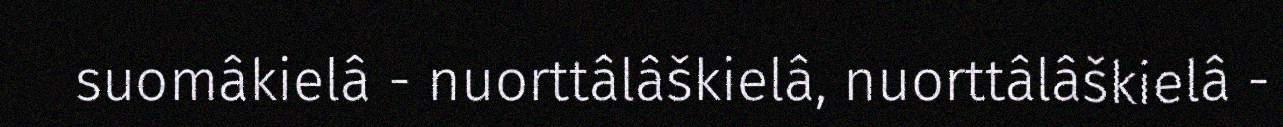
suomâkielâ - nuorttâlâškielâ, nuorttâlâškielâ -